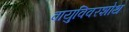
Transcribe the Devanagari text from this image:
वायुविवरशोथ